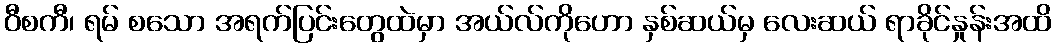
ဝီစကီ၊ ရမ် စသော အရက်ပြင်းတွေထဲမှာ အယ်လ်ကိုဟော နှစ်ဆယ်မှ လေးဆယ် ရာခိုင်နှုန်းအထိ